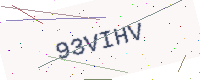
Text: 93VIHV